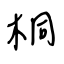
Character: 桐